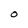
Character: 0